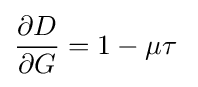
{\frac {\partial D}{\partial G}}=1-\mu \tau \;